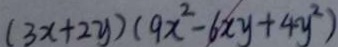
( 3 x + 2 y ) ( 9 x ^ { 2 } - 6 x y + 4 y ^ { 2 } )